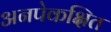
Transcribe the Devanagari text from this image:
अनपेकक्षित